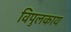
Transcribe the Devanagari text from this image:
विपुलकाय